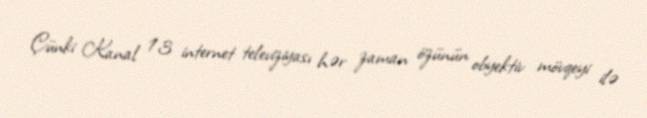
Çünki Kanal 13 internet televiziyası hər zaman özünün obyektiv mövqeyi ilə